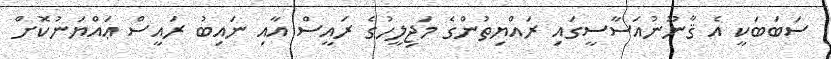
ސަބަބަކީ އެ ޤާނޫނުއަސާސީގައި ރައްޔިތުންގެ މަޖިލީހުގެ ރައީސް އާއި ނައިބު ރައީސް ޢައްޔަނުކޮށް